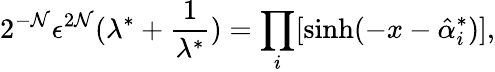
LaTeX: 2^{-\mathcal{N}}\epsilon^{2\mathcal{N}}(\lambda^{*}+\frac{{1}}{{\lambda^{*}}})=\prod_{i}[\sinh(-x-\hat{{\alpha}}_{i}^{*})],